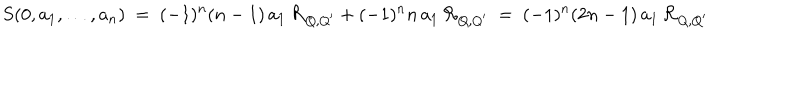
S ( 0 , a _ { 1 } , \ldots , a _ { n } ) \ = \ ( - 1 ) ^ { n } ( n - 1 ) \, a _ { 1 } \, { \mathcal R } _ { Q , Q ^ { \prime } } + ( - 1 ) ^ { n } n \, a _ { 1 } \, { \mathcal R } _ { Q , Q ^ { \prime } } \ = \ ( - 1 ) ^ { n } ( 2 n - 1 ) \, a _ { 1 } \, { \mathcal R } _ { Q , Q ^ { \prime } }